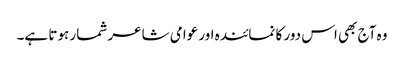
وہ آج بھی اس دور کا نمائندہ اور عوامی شاعر شمار ہوتا ہے۔